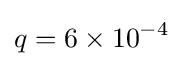
q=6\times 10^{-4}